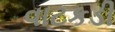
વાટકડી